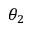
\theta _ { 2 }